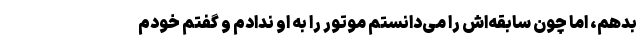
بدهم، اما چون سابقه‌اش را می‌دانستم موتور را به او ندادم و گفتم خودم